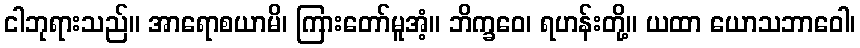
ငါဘုရားသည်။ အာရောစယာမိ၊ ကြားတော်မူအံ့။ ဘိက္ခဝေ၊ ရဟန်းတို့။ ယထာ ယောသဘာဝေါ၊